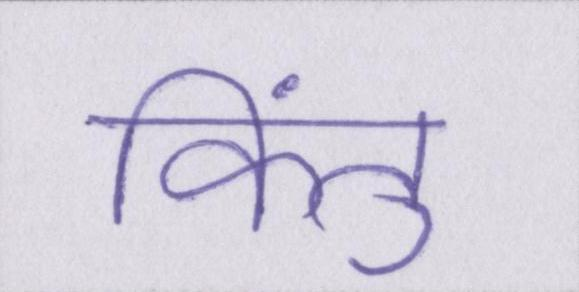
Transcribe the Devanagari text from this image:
किंतु